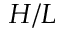
H / L